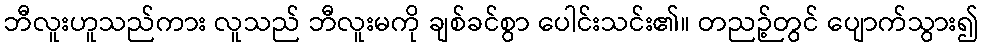
ဘီလူးဟူသည်ကား လူသည် ဘီလူးမကို ချစ်ခင်စွာ ပေါင်းသင်း၏။ တညဉ့်တွင် ပျောက်သွား၍